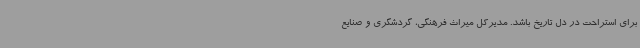
برای استراحت در دل تاریخ باشد. مدیرکل میراث فرهنگی، گردشگری و صنایع